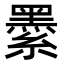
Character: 𦅔